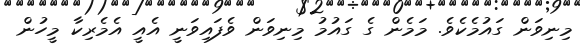
މިނިވަން ގައުމެކެވެ. މަމެން ގެ ގައުމު މިނިވަން ވެފައިވަނީ އެއީ އެމެރިކާ މީހުން